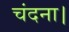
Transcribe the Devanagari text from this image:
चंदना।